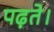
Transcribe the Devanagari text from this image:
पढ़ते।